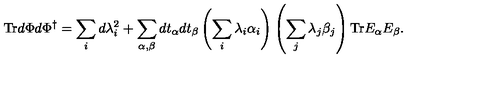
\mathrm { T r } d \Phi d \Phi ^ { \dagger } = \sum _ { i } d \lambda _ { i } ^ { 2 } + \sum _ { \alpha , \beta } d t _ { \alpha } d t _ { \beta } \left( \sum _ { i } \lambda _ { i } \alpha _ { i } \right) \left( \sum _ { j } \lambda _ { j } \beta _ { j } \right) \mathrm { T r } E _ { \alpha } E _ { \beta } .